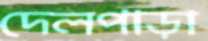
দেলপাড়া